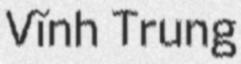
Vĩnh Trung